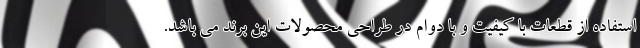
استفاده از قطعات با کیفیت و با دوام در طراحی محصولات این برند می باشد.